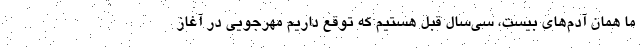
ما همان آدم‌های بیست، سی‌سال قبل هستیم که توقع داریم مهر‌جویی در آغاز